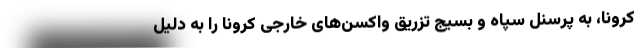
کرونا، به پرسنل سپاه و بسیج تزریق واکسن‌های خارجی کرونا را به دلیل